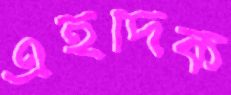
এইদিক